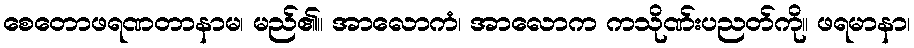
စေတောဖရဏတာနာမ၊ မည်၏။ အာလောကံ၊ အာလောက ကသိုဏ်းပညတ်ကို။ ဖရမာနာ၊